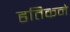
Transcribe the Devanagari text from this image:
हृतिकने